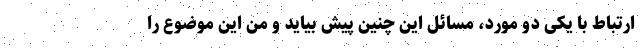
ارتباط با یکی دو مورد، مسائل این چنین پیش بیاید و من این موضوع را